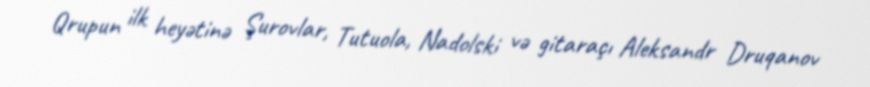
Qrupun ilk heyətinə Şurovlar, Tutuola, Nadolski və gitaraçı Aleksandr Druqanov